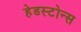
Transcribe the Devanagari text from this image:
हेडस्टोन्स